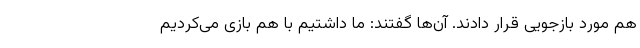
هم مورد بازجویی قرار دادند. آن‌ها گفتند: ما داشتیم با هم بازی می‌کردیم